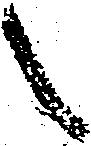
之